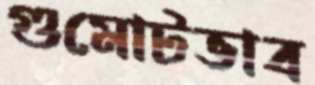
গুমোটভাব